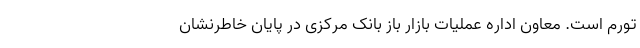
تورم است. معاون اداره عملیات بازار باز بانک مرکزی در پایان خاطرنشان